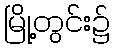
မြို့တွင်း၌